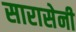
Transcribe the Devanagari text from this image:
सारासेनी